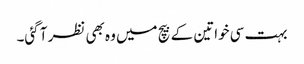
بہت سی خواتین کے بیچ میں وہ بھی نظر آ گئی۔